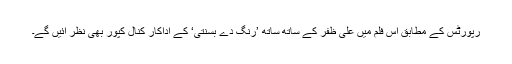
رپورٹس کے مطابق اس فلم میں علی ظفر کے ساتھ ساتھ ’رنگ دے بسنتی‘ کے اداکار کنال کپور بھی نظر آئیں گے۔